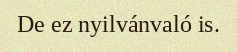
De ez nyilvánvaló is.